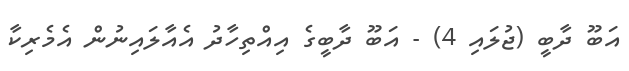
އަބޫ ދާބީ (ޖުލައި 4) - އަބޫ ދާބީގެ އިއްތިހާދު އެއާލައިނުން އެމެރިކާ